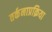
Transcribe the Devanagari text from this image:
तर्कनाप्रक्रिया